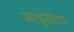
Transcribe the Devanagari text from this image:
आइसोटा